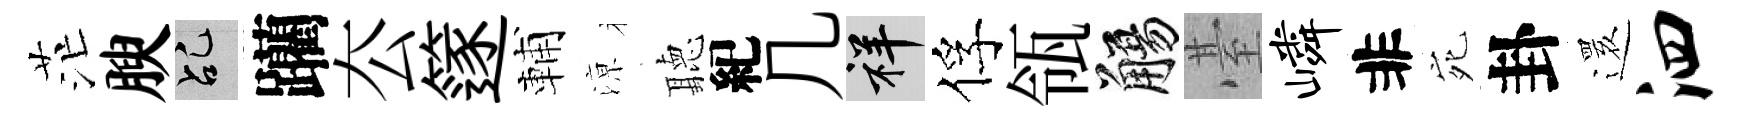
茫腴乩躪厺篴輔鿌聽紀几祥俘瓴觴䑓嶙非宛卦𮟃泗